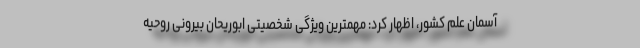
آسمان علم کشور، اظهار کرد: مهمترین ویژگی شخصیتی ابوریحان بیرونی روحیه